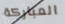
المباركة